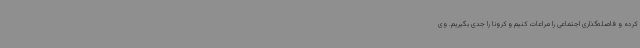
کرده و فاصله‌گذاری اجتماعی را مراعات کنیم و کرونا را جدی بگیریم. وی